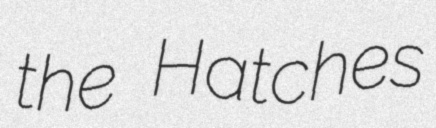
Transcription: the Hatches